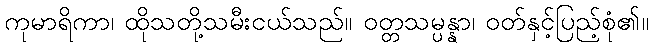
ကုမာရိကာ၊ ထိုသတို့သမီးငယ်သည်။ ဝတ္တသမ္ပန္နာ၊ ဝတ်နှင့်ပြည့်စုံ၏။